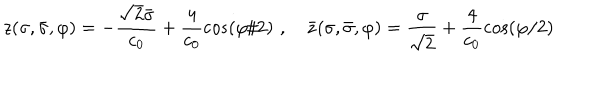
z ( \sigma , \bar { \sigma } , \varphi ) = - \frac { \sqrt { 2 } \bar { \sigma } } { c _ { 0 } } + \frac { 4 } { c _ { 0 } } \cos ( \varphi / 2 ) \, \, , \quad \bar { z } ( \sigma , \bar { \sigma } , \varphi ) = \frac { \sigma } { \sqrt { 2 } } + \frac { 4 } { c _ { 0 } } \cos ( \varphi / 2 )